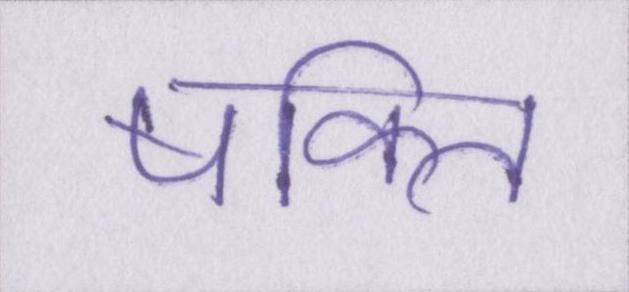
षक्ति